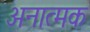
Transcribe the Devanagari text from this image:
अनात्मक